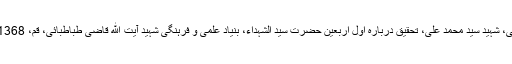
قاضی طباطبائی، شہید سید محمد علی، تحقیق درباره اول اربعین حضرت سید الشہداء، بنیاد علمی و فرہنگی شہید آیت الله قاضی طباطبائی، قم، 1368 ہجری شمسی۔